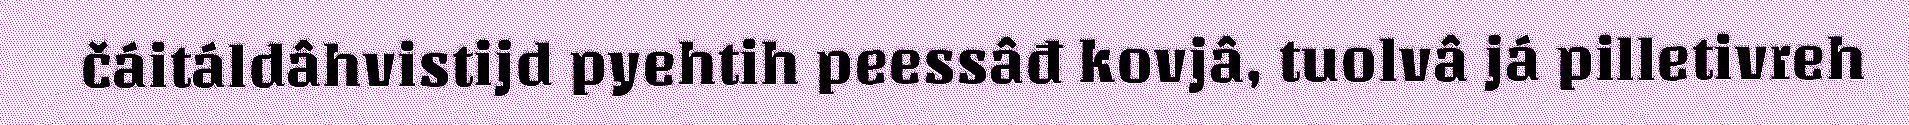
čáitáldâhvistijd pyehtih peessâđ kovjâ, tuolvâ já pilletivreh